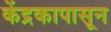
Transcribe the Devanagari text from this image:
केंद्रकापासून